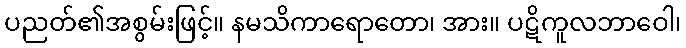
ပညတ်၏အစွမ်းဖြင့်။ နမသိကာရောတော၊ အား။ ပဋိကူလဘာဝေါ၊